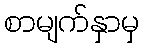
စာမျက်နှာမှ